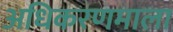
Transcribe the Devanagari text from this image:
अधिकरणमाला